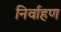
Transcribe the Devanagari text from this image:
निर्वाहण